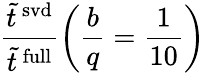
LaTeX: \frac{\tilde{t}^{\mathrm{\, svd}}}{\tilde{t}^{\mathrm{\, full}}}\left(\frac{b}{q}=\frac{1}{10}\right)